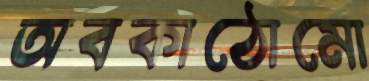
অবকাঠোমো